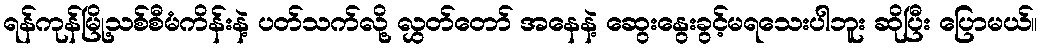
ရန်ကုန်မြို့သစ်စီမံကိန်းနဲ့ ပတ်သက်လို့ လွှတ်တော် အနေနဲ့ ဆွေးနွေးခွင့်မရသေးပါဘူး ဆိုပြီး ပြောမယ်။